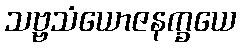
သဗ္ဗသံယောဇနက္ခယေ